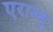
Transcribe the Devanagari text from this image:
एराम्बू